kultuurilooline_kollektsioon, lk 111
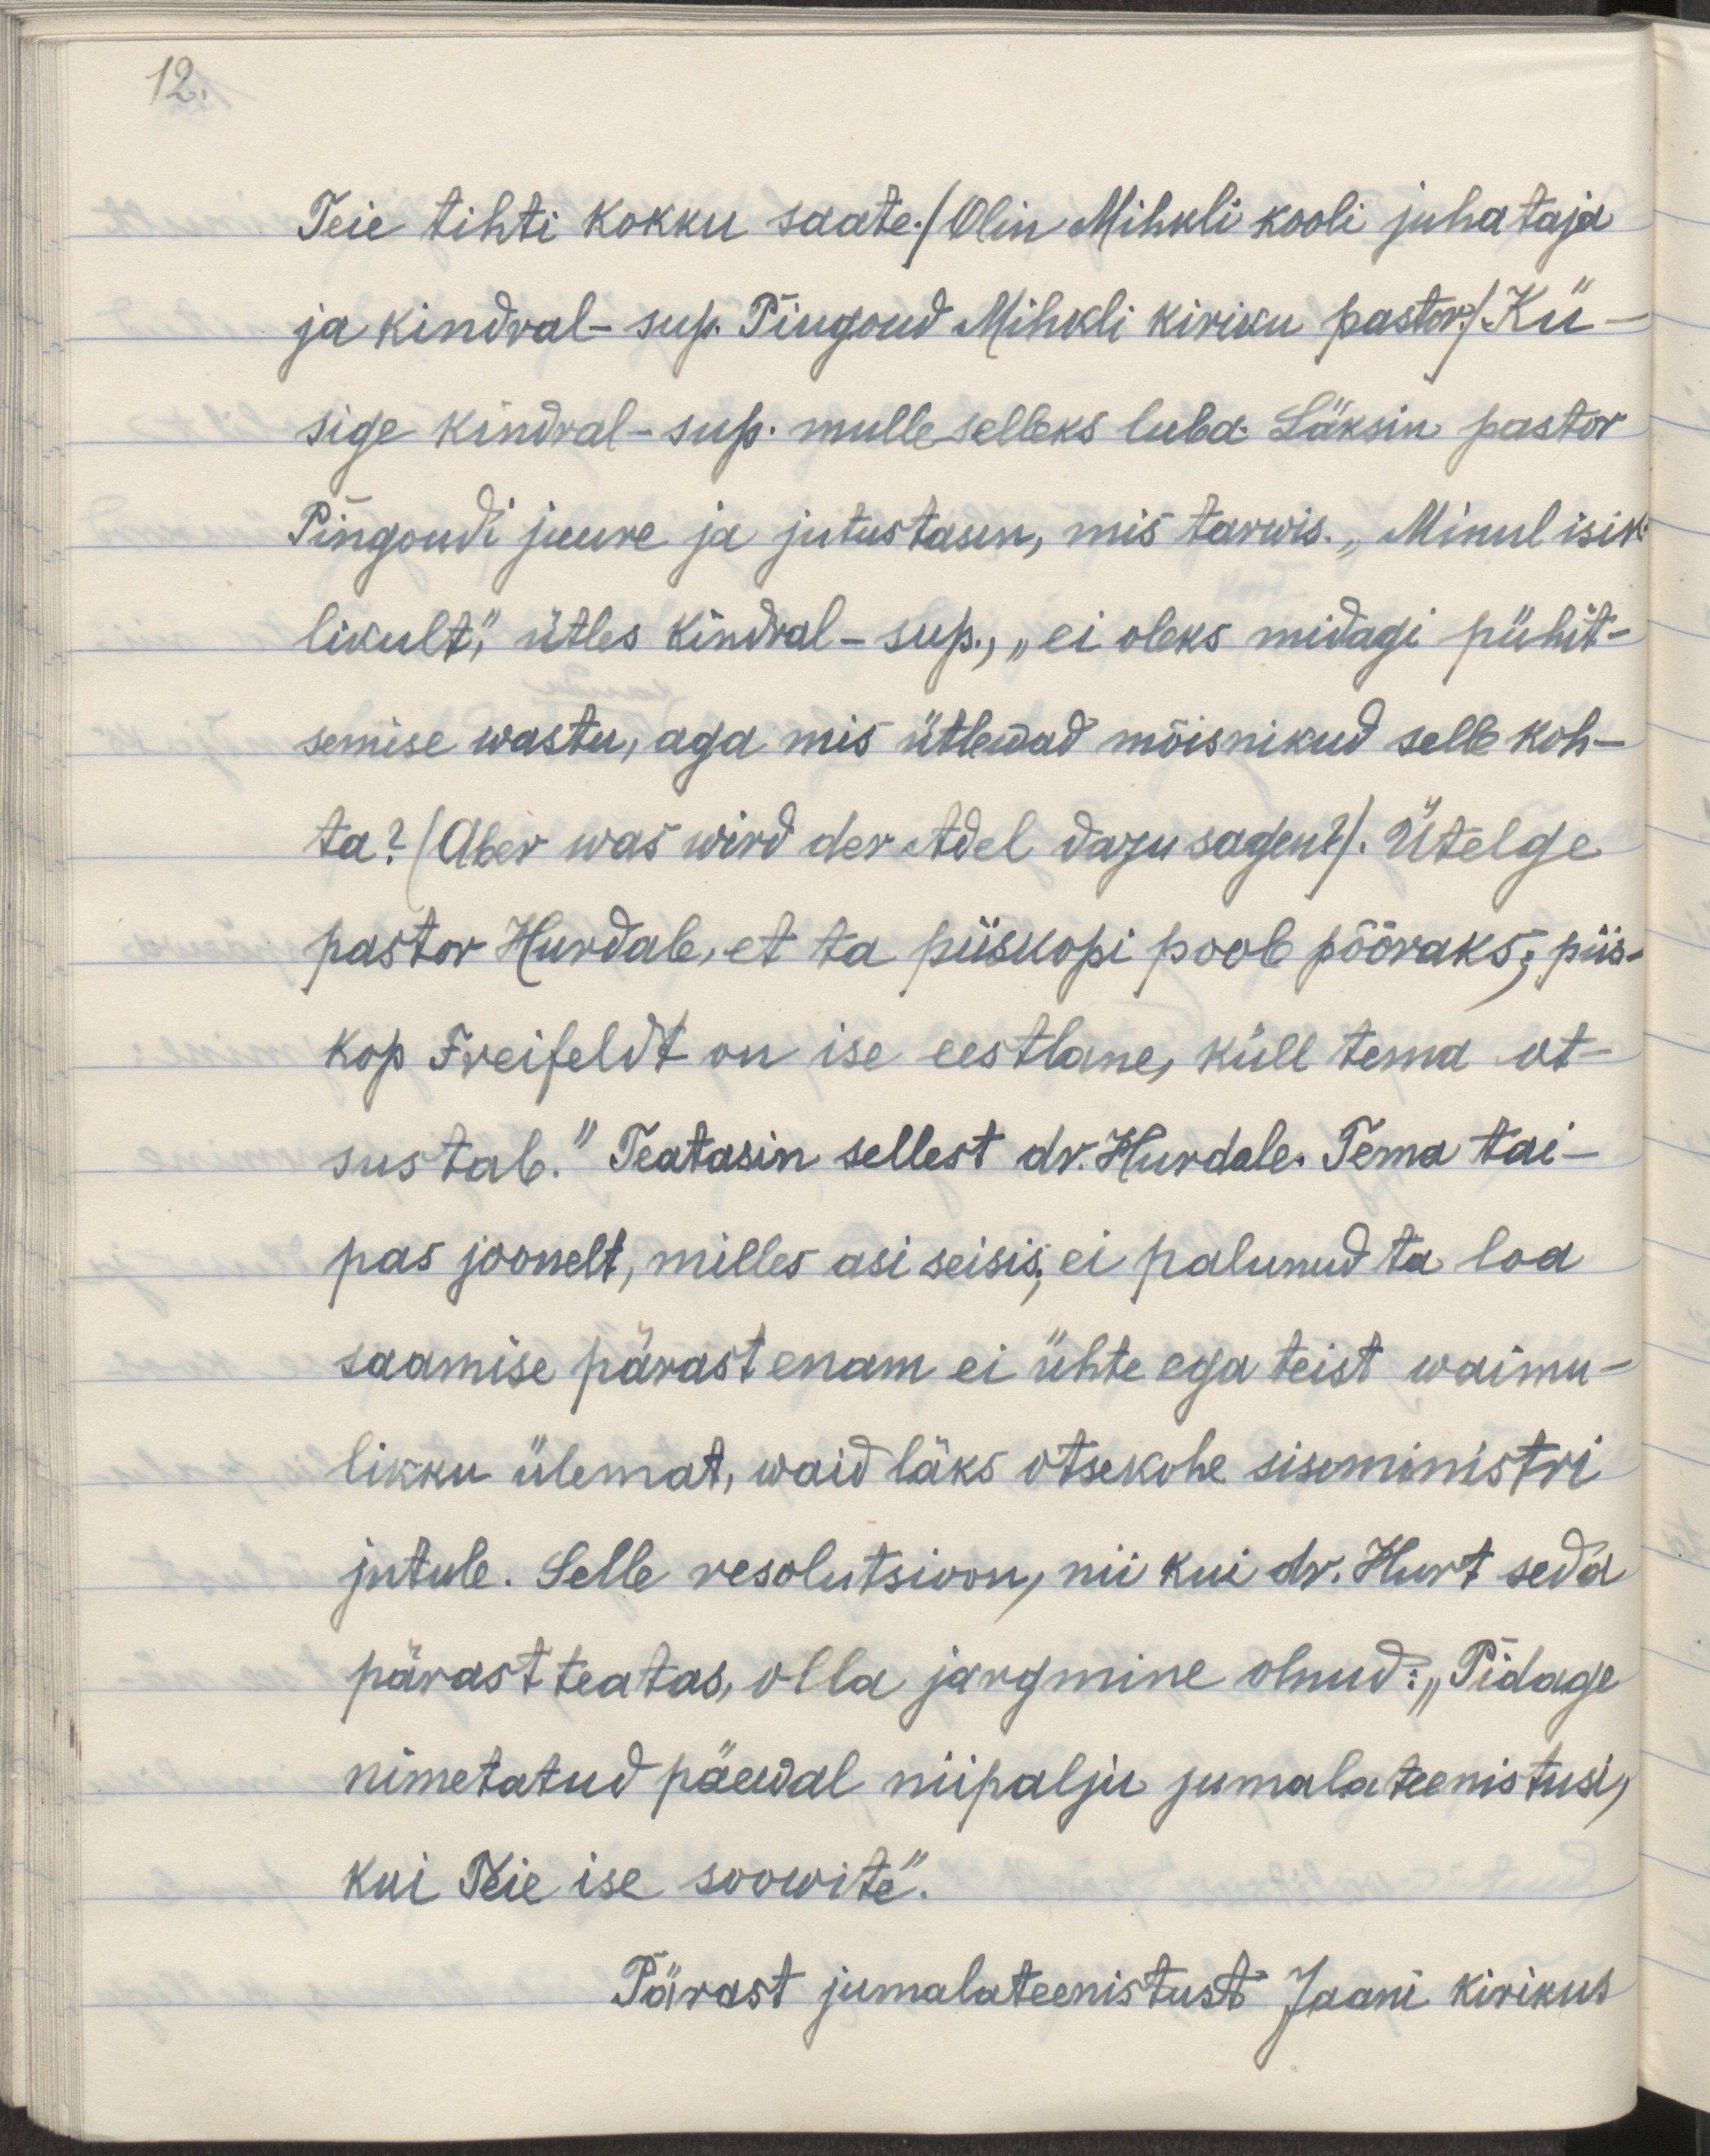
12.

Teie tihti kokku saate. /Olin Mihkli kooli juhataja
ja kindral-sup. Pingoud Mihkli kiriku pastor./ Kü-
sige kindral-sup. mulle selleks luba. Läksin pastor
Pingoudi juurde ja jutustasin, mis tarwis. "Minul isik-
likult", ütles kindral-sup., "ei oleks midagi pühit-
semise wastu, aga mis ütlewad mõisnikud selle koh-
ta? (Aber was wird der Adel dazu sagen?). Ütelge
pastor Hurdale, et ta piiskopi poole pööraks, piis-
kop Freifedlt on ise eestlane, küll tema ot-
sustab." Teatasin sellest dr. Hurdale. Tema tai-
pas joonelt, milles asi seisis, ei palunud ta loa
saamise pärast enam ei ühte ega teist waimu-
likku ülemat, waid läks otsekohe siseministri
jutule. Selle resolutsioon, nii kui dr. Hurt seda
pärast teatas, olla järgmine olnud: "Pidage
nimetatud päewal niipalju jumalateenistusi,
kui Teie ise soowite".
Pärast jumalateenistust Jaani kirikus